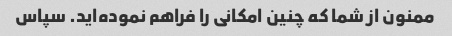
ممنون از شما که چنین امکانی را فراهم نموده‌اید. سپاس